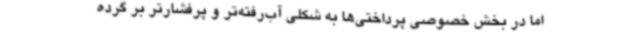
اما در بخش خصوصی پرداختی‌ها به شکلی آب‌رفته‌تر و پرفشارتر بر گرده